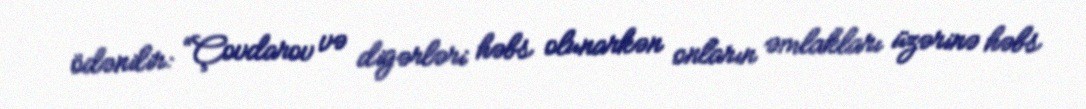
ödənilir: “Çovdarov və digərləri həbs olunarkən onların əmlakları üzərinə həbs